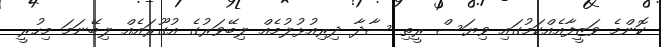
ކޮންމެ ވަޒީފާއެއްކަމުގައި ވިޔަސް ރީތި ސާދާ ދިރިއުޅުލުމެއް ލިބޭވަރުގެ އުގޫރައެއް ލިބޭނަމަ މިހުރީ